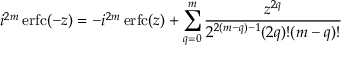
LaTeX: i ^ { 2 m } \operatorname { e r f c } ( - z ) = - i ^ { 2 m } \operatorname { e r f c } ( z ) + \sum _ { q = 0 } ^ { m } { \frac { z ^ { 2 q } } { 2 ^ { 2 ( m - q ) - 1 } ( 2 q ) ! ( m - q ) ! } }